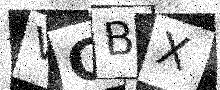
Text: VGBX